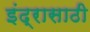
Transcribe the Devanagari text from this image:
इंद्रासाठी